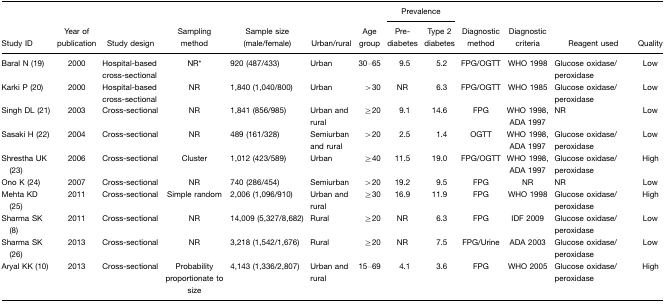
<table><thead><tr><td></td><td></td><td></td><td></td><td></td><td></td><td></td><td colspan="2"><b>Prevalence</b></td><td></td><td></td><td></td><td></td></tr><tr><td><b>Study ID</b></td><td><b>Year of publication</b></td><td><b>Study design</b></td><td><b>Sampling method</b></td><td><b>Sample size (male/female)</b></td><td><b>Urban/rural</b></td><td><b>Age group</b></td><td><b>Pre-diabetes</b></td><td><b>Type 2 diabetes</b></td><td><b>Diagnostic method</b></td><td><b>Diagnostic criteria</b></td><td><b>Reagent used</b></td><td><b>Quality</b></td></tr></thead><tbody><tr><td>Baral N (19)</td><td>2000</td><td>Hospital-based cross-sectional</td><td>NR*</td><td>920 (487/433)</td><td>Urban</td><td>30–65</td><td>9.5</td><td>5.2</td><td>FPG/OGTT</td><td>WHO 1998</td><td>Glucose oxidase/peroxidase</td><td>Low</td></tr><tr><td>Karki P (20)</td><td>2000</td><td>Hospital-based cross-sectional</td><td>NR</td><td>1,840 (1,040/800)</td><td>Urban</td><td>&gt;30</td><td>NR</td><td>6.3</td><td>FPG/OGTT</td><td>WHO 1985</td><td>Glucose oxidase/peroxidase</td><td>Low</td></tr><tr><td>Singh DL (21)</td><td>2003</td><td>Cross-sectional</td><td>NR</td><td>1,841 (856/985)</td><td>Urban and rural</td><td>≥20</td><td>9.1</td><td>14.6</td><td>FPG</td><td>WHO 1998, ADA 1997</td><td>NR</td><td>Low</td></tr><tr><td>Sasaki H (22)</td><td>2004</td><td>Cross-sectional</td><td>NR</td><td>489 (161/328)</td><td>Semiurban and rural</td><td>&gt;20</td><td>2.5</td><td>1.4</td><td>OGTT</td><td>WHO 1998, ADA 1997</td><td>Glucose oxidase/peroxidase</td><td>Low</td></tr><tr><td>Shrestha UK (23)</td><td>2006</td><td>Cross-sectional</td><td>Cluster</td><td>1,012 (423/589)</td><td>Urban</td><td>≥40</td><td>11.5</td><td>19.0</td><td>FPG/OGTT</td><td>WHO 1998, ADA 1997</td><td>Glucose oxidase/peroxidase</td><td>High</td></tr><tr><td>Ono K (24)</td><td>2007</td><td>Cross-sectional</td><td>NR</td><td>740 (286/454)</td><td>Semiurban</td><td>&gt;20</td><td>19.2</td><td>9.5</td><td>FPG</td><td>NR</td><td>NR</td><td>Low</td></tr><tr><td>Mehta KD (25)</td><td>2011</td><td>Cross-sectional</td><td>Simple random</td><td>2,006 (1,096/910)</td><td>Urban and rural</td><td>≥30</td><td>16.9</td><td>11.9</td><td>FPG</td><td>WHO 1998</td><td>Glucose oxidase/peroxidase</td><td>High</td></tr><tr><td>Sharma SK (8)</td><td>2011</td><td>Cross-sectional</td><td>NR</td><td>14,009 (5,327/8,682)</td><td>Rural</td><td>≥20</td><td>NR</td><td>6.3</td><td>FPG</td><td>IDF 2009</td><td>Glucose oxidase/peroxidase</td><td>Low</td></tr><tr><td>Sharma SK (26)</td><td>2013</td><td>Cross-sectional</td><td>NR</td><td>3,218 (1,542/1,676)</td><td>Rural</td><td>≥20</td><td>NR</td><td>7.5</td><td>FPG/Urine</td><td>ADA 2003</td><td>Glucose oxidase/peroxidase</td><td>Low</td></tr><tr><td>Aryal KK (10)</td><td>2013</td><td>Cross-sectional</td><td>Probability proportionate to size</td><td>4,143 (1,336/2,807)</td><td>Urban and rural</td><td>15–69</td><td>4.1</td><td>3.6</td><td>FPG</td><td>WHO 2005</td><td>Glucose oxidase/peroxidase</td><td>High</td></tr></tbody></table>